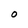
Character: O